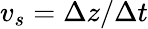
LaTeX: v_{s}=\Delta z/\Delta t